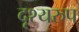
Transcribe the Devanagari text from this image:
दृश्यरुप